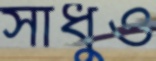
সাধুও